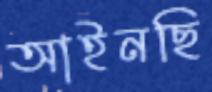
আইনছি